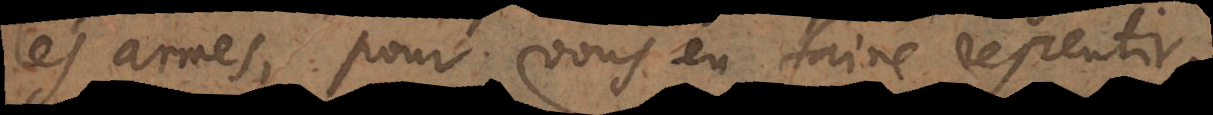
les armes, pour vous en faire repentir.